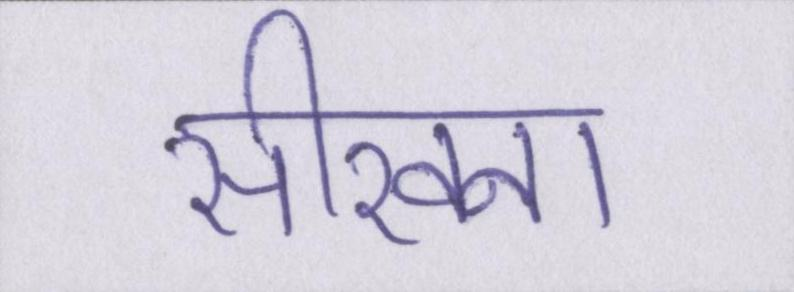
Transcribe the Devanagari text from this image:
सीखना